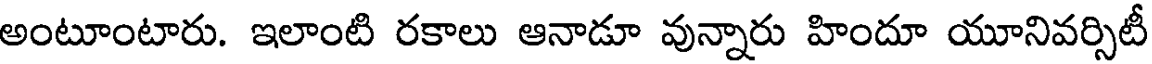
అంటూంటారు. ఇలాంటి రకాలు ఆనాడూ వున్నారు హిందూ యూనివర్సిటీ